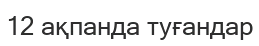
12 ақпанда туғандар